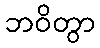
ဘဝိတွာ